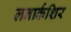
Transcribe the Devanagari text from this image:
लनार्कशिर